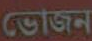
ভোজন